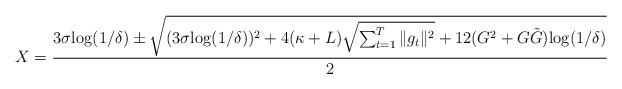
LaTeX: \begin{align*}X = \frac{ 3 \sigma {\log(1/\delta)} \pm \sqrt{ (3 \sigma {\log(1/\delta)})^2 + 4 (\kappa + {L} )\sqrt{\sum_{t=1}^T \|g_t\|^2} + 12 (G^2 + G \tilde G) {\log(1/\delta)} } }{2}\end{align*}